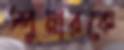
স্পুনারকে